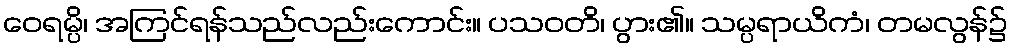
ဝေရမ္ပိ၊ အကြင်ရန်သည်လည်းကောင်း။ ပသဝတိ၊ ပွား၏။ သမ္ပရာယိကံ၊ တမလွန်၌